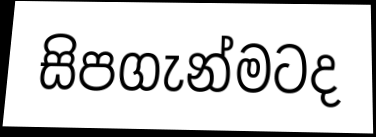
සිපගැන්මටද